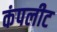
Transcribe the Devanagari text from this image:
कंपलीट